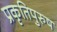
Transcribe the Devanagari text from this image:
प्रकृतिपुरुष